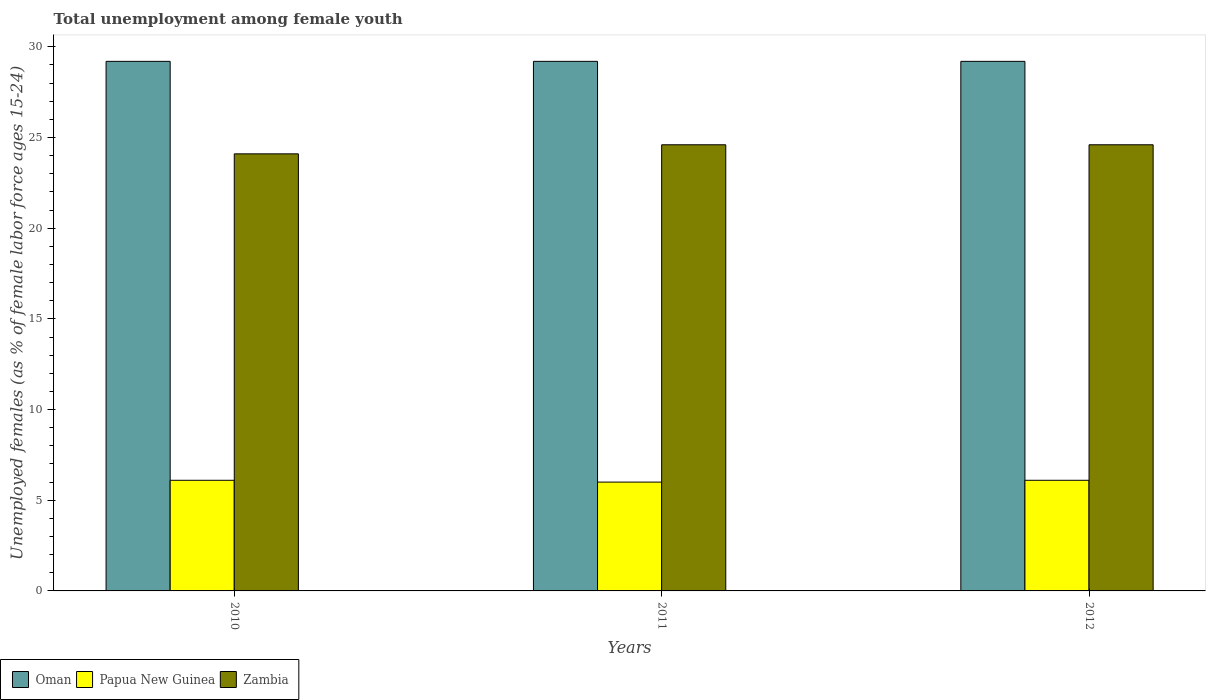
| Years | Oman | Papua New Guinea | Zambia |
 | --- | --- | --- | --- |
 | 2010 | 29.2 | 6.1 | 24.1 |
 | 2011 | 29.2 | 6 | 24.6 |
 | 2012 | 29.2 | 6.1 | 24.6 |